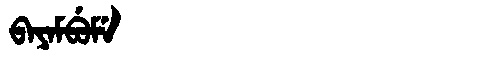
Manchu: ᠪᠠᠶᠠᠮᠪᡠᠮᡝ
Romanization: BAYAMBUME